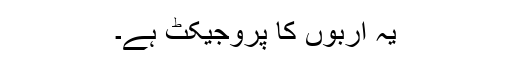
یہ اربوں کا پروجیکٹ ہے۔